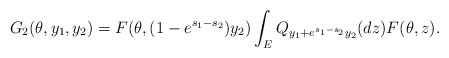
\begin{align*}\begin{aligned}G_2(\theta,y_1,y_2)=F(\theta,(1-e^{s_{1}-s_2})y_2)\int_EQ_{y_1+e^{s_{1}-s_2}y_2}(dz)F(\theta,z).\end{aligned}\end{align*}